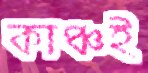
কাঞ্চই